On kala azar, malaria and malarial cachexia - Number 19
Disease focus: Malaria
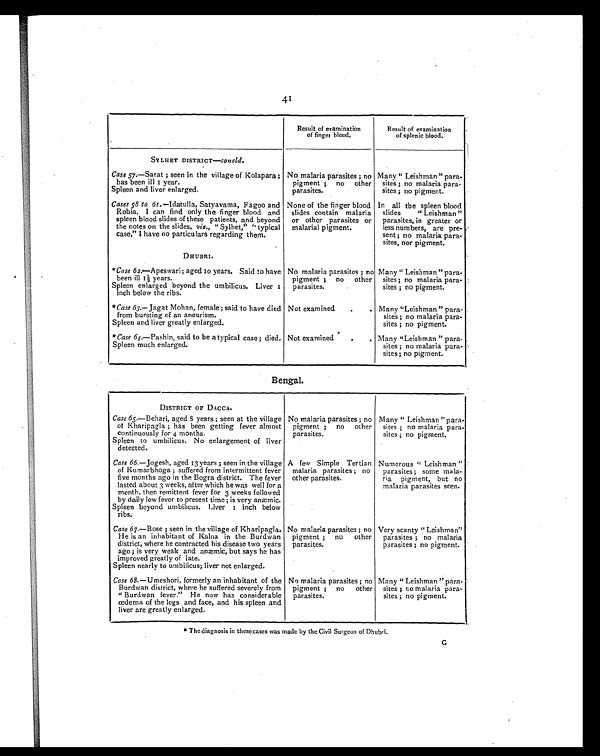
41
Result of examination
of finger blood.
Result of examination
of splenic blood.
SY LHET DISTRICT—concld.
No malaria parasites ; no
pigment ; no other
parasites.
Many " Leishman " para-
sites ; no malaria para-
sites ; no pigment.
Case 57.—Sarat ; seen in the village of Kolapara ;
has been ill 1 year.
Spleen and liver enlarged.
Cases 58 to 61. —Idatulla, Satyavama, Fagoo and
Robia. I can find only the finger blood and
spleen blood slides of these patients, and beyond
the notes on the slides, viz., " Sylhet," " typical
case," I have no particulars regarding them.
None of the finger blood
slides contain malaria
or other parasites or
malarial pigment.
In all the spleen blood
slides " Leishman "
parasites, in greater or
less numbers, are pre-
sent ; no malaria para-
sites, nor pigment.
DHUBRI.
No malaria parasites ; no
pigment ; no other
parasites.
Many " Leishman " para.
sites ; no malaria para-
sites ; no pigment.
*Case 62.—Apeswari ; aged 10 years. Said to have
been ill 1½ years.
Spleen enlarged beyond the umbilicus. Liver 1
inch below the ribs.
*Case 63.— Jagat Mohan, female ; said to have died
from bursting of an aneurism.
Spleen and liver greatly enlarged.
Not examine
.
. Many "Leishman " para-
sites ; no malaria para-
sites ; no pigment.
*Case 64.—Pashin, said to be a typical case ; died.
Spleen much enlarged.
Not examine
.
. Many "Leishman " para-
sites ; no malaria para-
sites; no pigment.
Bengal.
DISTRICT OF DACCA.
No malaria parasites ; no
pigment ; no other
parasites.
Many " Leishman " para-
sites ; no malaria para-
sites ; no pigment.
Case 65.—Behari, aged 8 years ; seen at the village
of Kharipagla ; has been getting fever almost
continuously for 4 months.
Spleen to umbilicus. No enlargement of liver
detected.
Case 66.—Jogesh, aged 13 years ; seen in the village
of Kumarbhoga ; suffered from intermittent fever
five months ago in the Bogra district. The fever
lasted about 3 weeks, after which he was well for a
month, then remittent fever for 3 weeks followed
by daily low fever to present time ; is very anæmic.
Spleen beyond umbilicus. Liver 1 inch below
ribs.
A few Simple Tertian
malaria parasites ; no
other parasites.
Numerous " Leishman "
parasites ; some mala-
ria pigment, but no
malaria parasites seen.
Case 67.—Bose ; seen in the village of Kharipagla.
He is an inhabitant of Kalna in the Burdwan
district, where he contracted his disease two years
ago ; is very weak and anæmic, but says he has
improved greatly of late.
Spleen nearly to umbilicus; liver not enlarged.
No malaria parasites ; no
pigment ; no other
parasites.
Very scanty " Leishman"
parasites ; no malaria
parasites ; no pigment.
Case 68.—Umeshori, formerly an inhabitant of the
Burdwan district, where he suffered severely from
" B u r d w a n f e v e r . " H e n o w h a s c o n s i d e r a b l e
œdema of the legs and face, and his spleen and
liver are greatly enlarged.
No malaria parasites ; no
pigment ; no other
parasites.
Many " Leishman " para -
sites ; no malaria para
-
sites ; no pigment.
* The diagnosis in these cases was made by the Civil Surgeon of Dhubri.
G